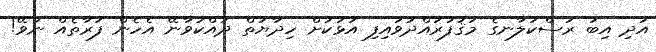
އަދި އިބަ ރަސްކަލާނގެ މަޤުފުރައްދަވައިފި އަޅަކަށް ހިދާޔަތް ދައްކުވާނޭ އެހެން ފަރާތެއް ނުވޭ!